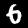
Digit: 6